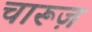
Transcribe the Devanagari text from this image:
चारूज़